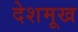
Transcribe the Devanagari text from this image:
देशमूख